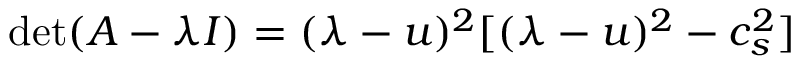
\operatorname* { d e t } ( A - \lambda I ) = ( \lambda - u ) ^ { 2 } [ ( \lambda - u ) ^ { 2 } - c _ { s } ^ { 2 } ]